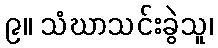
၉။ သံဃာသင်းခွဲသူ၊